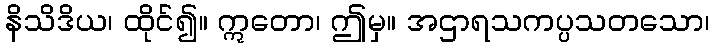
နိသိဒိယ၊ ထိုင်၍။ ဣတော၊ ဤမှ။ အဌာရသကပ္ပသတသော၊